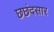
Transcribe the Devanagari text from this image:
छछंदसार